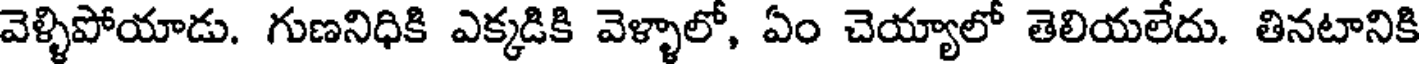
వెళ్ళిపోయాడు. గుణనిధికి ఎక్కడికి వెళ్ళాలో, ఏం చెయ్యాలో తెలియలేదు. తినటానికి